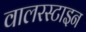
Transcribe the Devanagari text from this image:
वालरस्टाइन